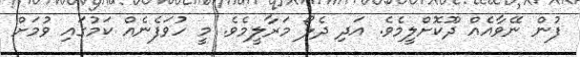
ފުން ނޭވާއެއް ދޫކޮށްލީމެވެ. އަދި ދެލޯ މަރާލީމެވެ. މީ ހުވަފެނެއް ކަމުގައި ވުމަށް